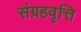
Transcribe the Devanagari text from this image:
संग्रहवृत्ति